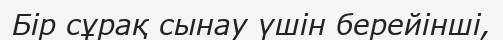
Бір сұрақ сынау үшін берейінші,